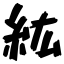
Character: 紘